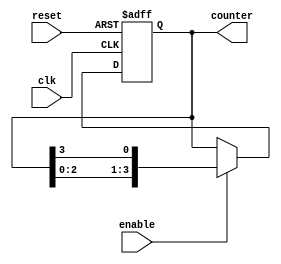
module johnson_counter_enable(
    input clk,
    input reset,
    input enable,
    output reg [3:0] counter
);

always @(posedge clk or posedge reset) begin
    if (reset) begin
        counter <= 4'b0000;
    end else if (enable) begin
        counter <= {counter[2:0], counter[3]};
    end
end

endmodule